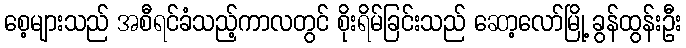
စေ့များသည် အစီရင်ခံသည့်ကာလတွင် စိုးရိမ်ခြင်းသည် ဆော့လော်မြို့ ခွန်ထွန်းဦး